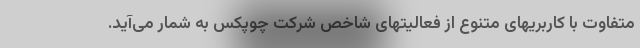
متفاوت با کاربریهای متنوع از فعالیتهای شاخص شرکت چوپکس به شمار می‌آید.